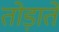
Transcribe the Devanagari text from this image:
तोड़ाते